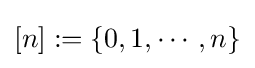
[n]:=\{0,1,\cdots ,n\}